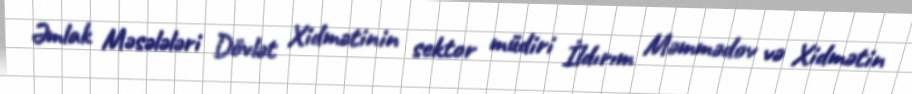
Əmlak Məsələləri Dövlət Xidmətinin sektor müdiri İldırım Məmmədov və Xidmətin